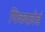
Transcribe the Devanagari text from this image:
पिकफ़ोर्ड